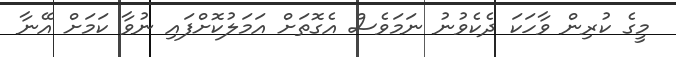
މީގެ ކުރިން ވާހަކަ ދެކެވުނު ނަމަވެސް އެގޮތަށް އަމަލުކޮށްފައި ނުވާ ކަމަށް އޭނާ